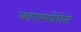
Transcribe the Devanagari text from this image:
फाएस्फोरोस